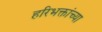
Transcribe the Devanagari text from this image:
हरिभक्तांच्या